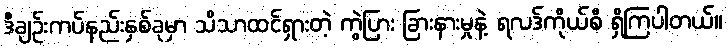
ဒီချဉ်းကပ်နည်းနှစ်ခုမှာ သိသာထင်ရှားတဲ့ ကွဲပြား ခြားနားမှုနဲ့ ရလဒ်ကိုယ်စီ ရှိကြပါတယ်။